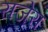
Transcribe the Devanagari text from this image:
राजेरा